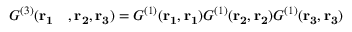
\begin{array} { r l } { G ^ { ( 3 ) } ( \mathbf { r _ { 1 } } } & { { } , \mathbf { r _ { 2 } } , \mathbf { r _ { 3 } } ) = { G ^ { ( 1 ) } } ( \mathbf { r _ { 1 } , r _ { 1 } } ) { G ^ { ( 1 ) } } ( \mathbf { r _ { 2 } , r _ { 2 } } ) { G ^ { ( 1 ) } } ( \mathbf { r _ { 3 } , r _ { 3 } } ) } \end{array}